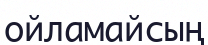
ойламайсың